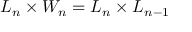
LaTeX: L _ { n } \times W _ { n } = L _ { n } \times L _ { n - 1 }